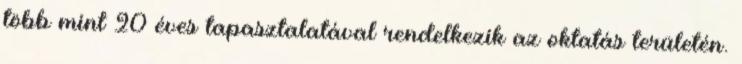
több mint 20 éves tapasztalatával rendelkezik az oktatás területén.